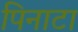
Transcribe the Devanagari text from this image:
पिनाटा